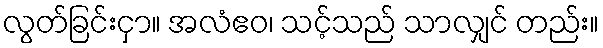
လွတ်ခြင်းငှာ။ အလံဧဝ၊ သင့်သည် သာလျှင် တည်း။